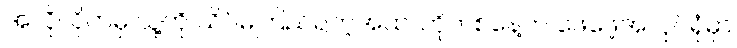
အလိုလိုကမှ သူ့ကို သိပ်မကြည်ရတဲ့အထဲ၊ ဟိုတစ်နေ့က ဖေဖေ့အလုပ်ရုံမှာ